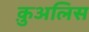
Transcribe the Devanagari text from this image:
क़ुअलिस